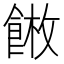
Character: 𩜫